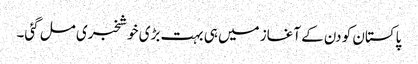
پاکستان کو دن کے آغاز میں ہی بہت بڑی خوشخبری مل گئی۔